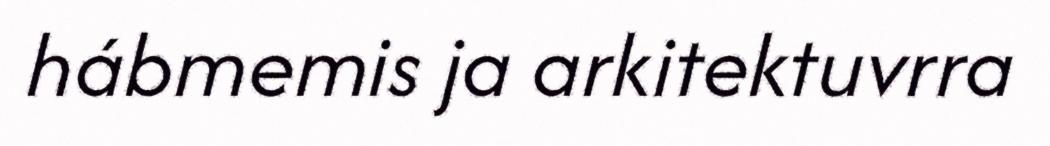
hábmemis ja arkitektuvrra